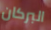
البركان